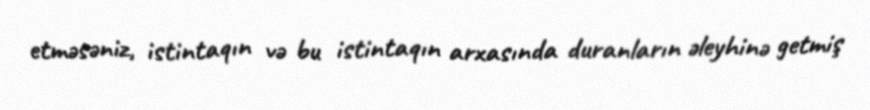
etməsəniz, istintaqın və bu istintaqın arxasında duranların əleyhinə getmiş